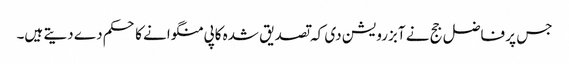
جس پر فاضل جج نے آبزرویشن دی کہ تصدیق شدہ کاپی منگوانے کا حکم دے دیتے ہیں۔